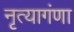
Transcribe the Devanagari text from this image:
नृत्यागंणा